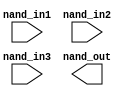
// SPDX-License-Identifier: Apache-2.0
// Copyright (C) 2019 Intel Corporation. All rights reserved
//****************************************************************************************
// (C) 2011 Altera Corporation. All rights reserved.
//
//****************************************************************************************

//------------------------------------------------------------------------
// Description: standard nand4 gate
//
//------------------------------------------------------------------------

module altr_hps_nand3
    (
    input  wire              nand_in1,     // and input 1
    input  wire              nand_in2,     // and input 2
    input  wire              nand_in3,     // and input 3
    output  wire             nand_out      // and output
     );

`ifdef ALTR_HPS_INTEL_MACROS_OFF
    assign nand_out = ~(nand_in1 & nand_in2 & nand_in3);
`else

`endif

endmodule // altr_hps_nand3